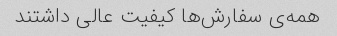
همه‌ی سفارش‌ها کیفیت عالی داشتند